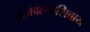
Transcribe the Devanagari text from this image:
वाजवल्याशिवाय